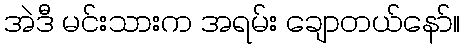
အဲဒီ မင်းသားက အရမ်း ချောတယ်နော်။